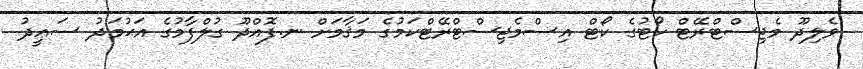
ވެލިދޫ މެޖިސްޓްރޭޓް ކޯޓުގެ ކޯޓް އިސްމެޖިސްޓްރޭޓްކަމުގެ މަޤާމަށް ނ.ފޮއްދޫ ގުލްފާމުގެ އަޙުމަދު ސަޢީދު